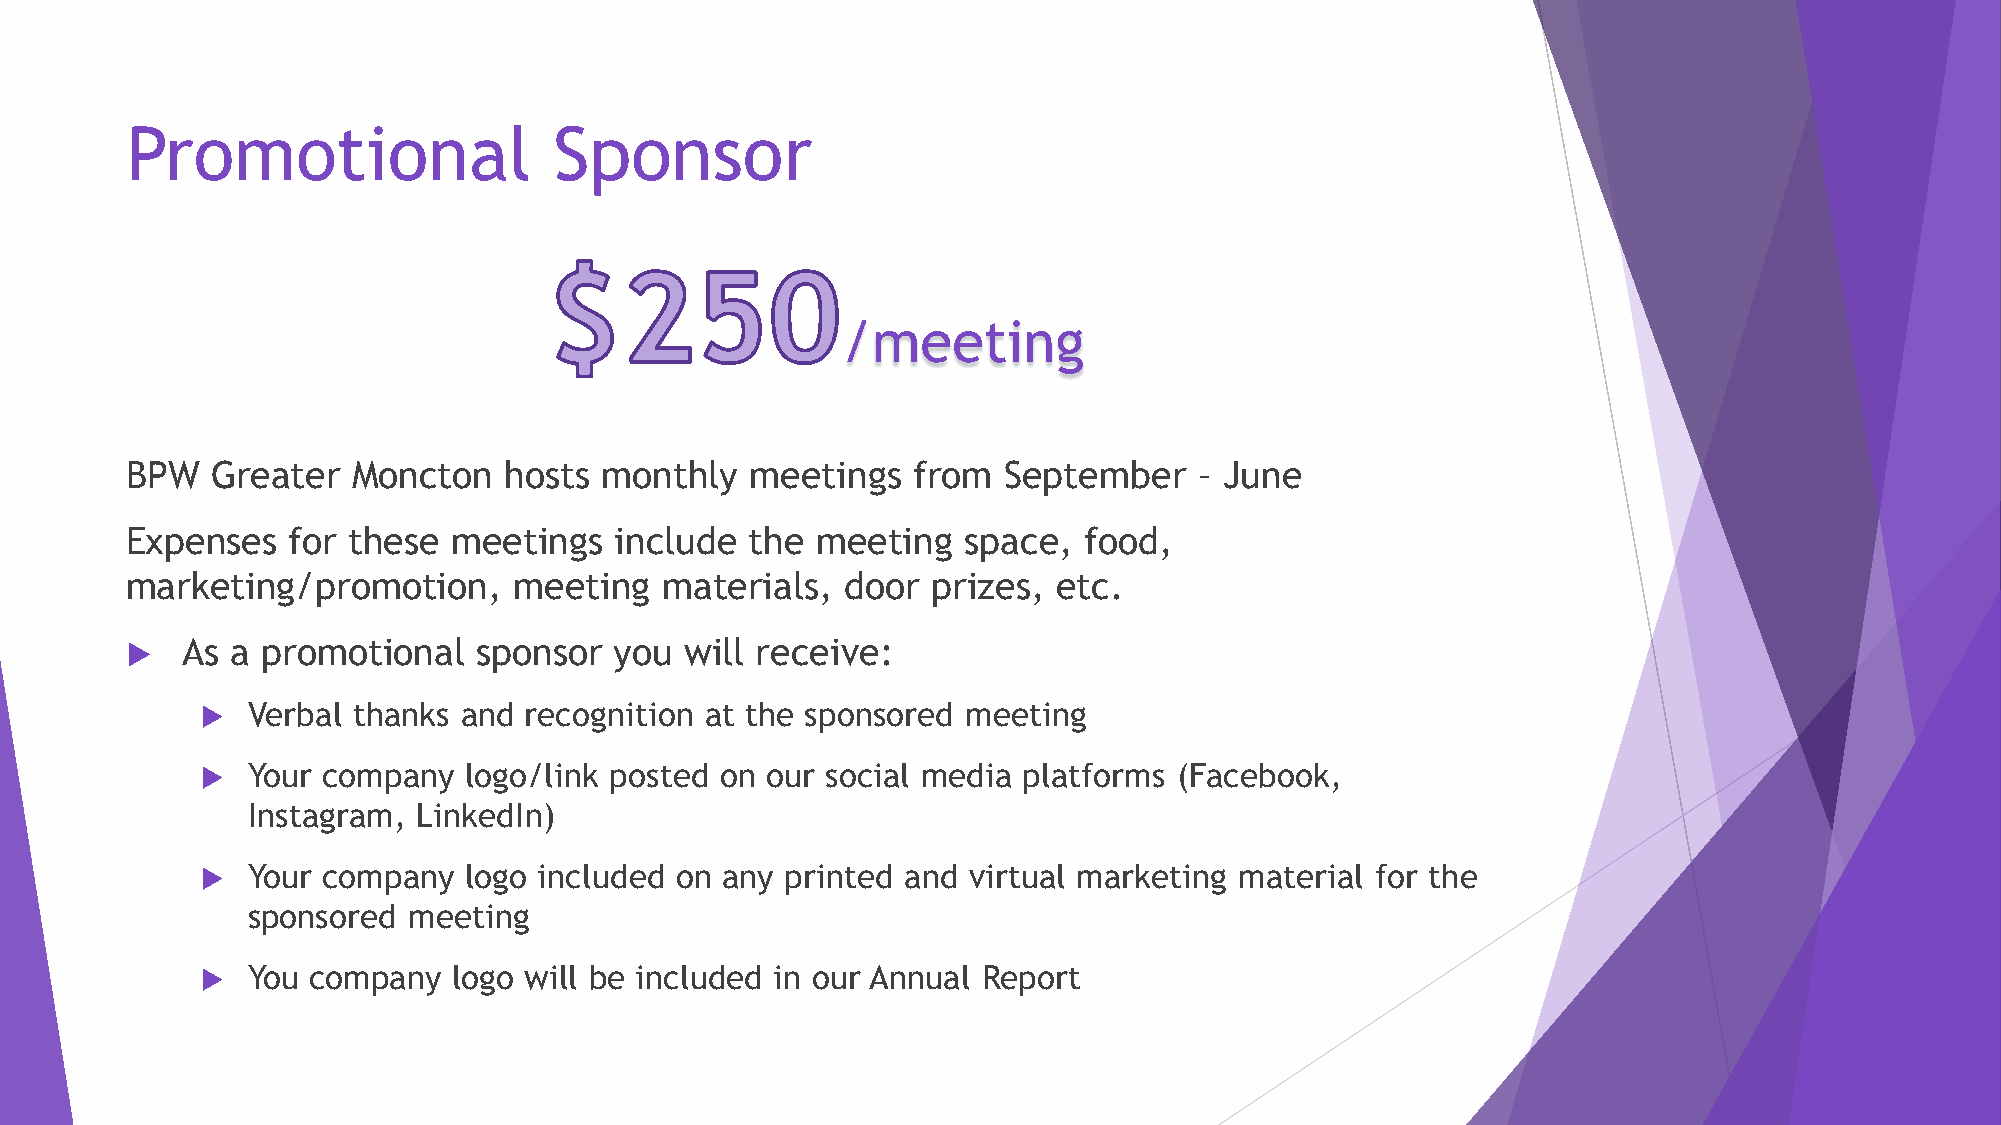
Promotional                  Sponsor
 /meeting
 BPW   Greater  Moncton   hosts  monthly   meetings  from  September    – June
 Expenses   for these  meetings   include  the meeting   space,  food,
 marketing/promotion,      meeting   materials,  door  prizes, etc.
    As a promotional    sponsor  you will receive:
   Verbal thanks and  recognition at the sponsored meeting
   Your company   logo/link posted on our social media platforms (Facebook,
 Instagram,  LinkedIn)
   Your company   logo included on any printed and virtual marketing material for the
 sponsored  meeting
   You company   logo will be included in our Annual Report